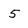
Character: 5